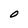
Character: O